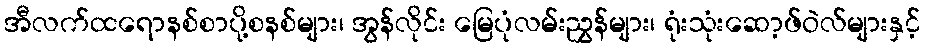
အီလက်ထရောနစ်စာပို့စနစ်များ၊ အွန်လိုင်း မြေပုံလမ်းညွှန်များ၊ ရုံးသုံးဆော့ဖ်ဝဲလ်များနှင့်